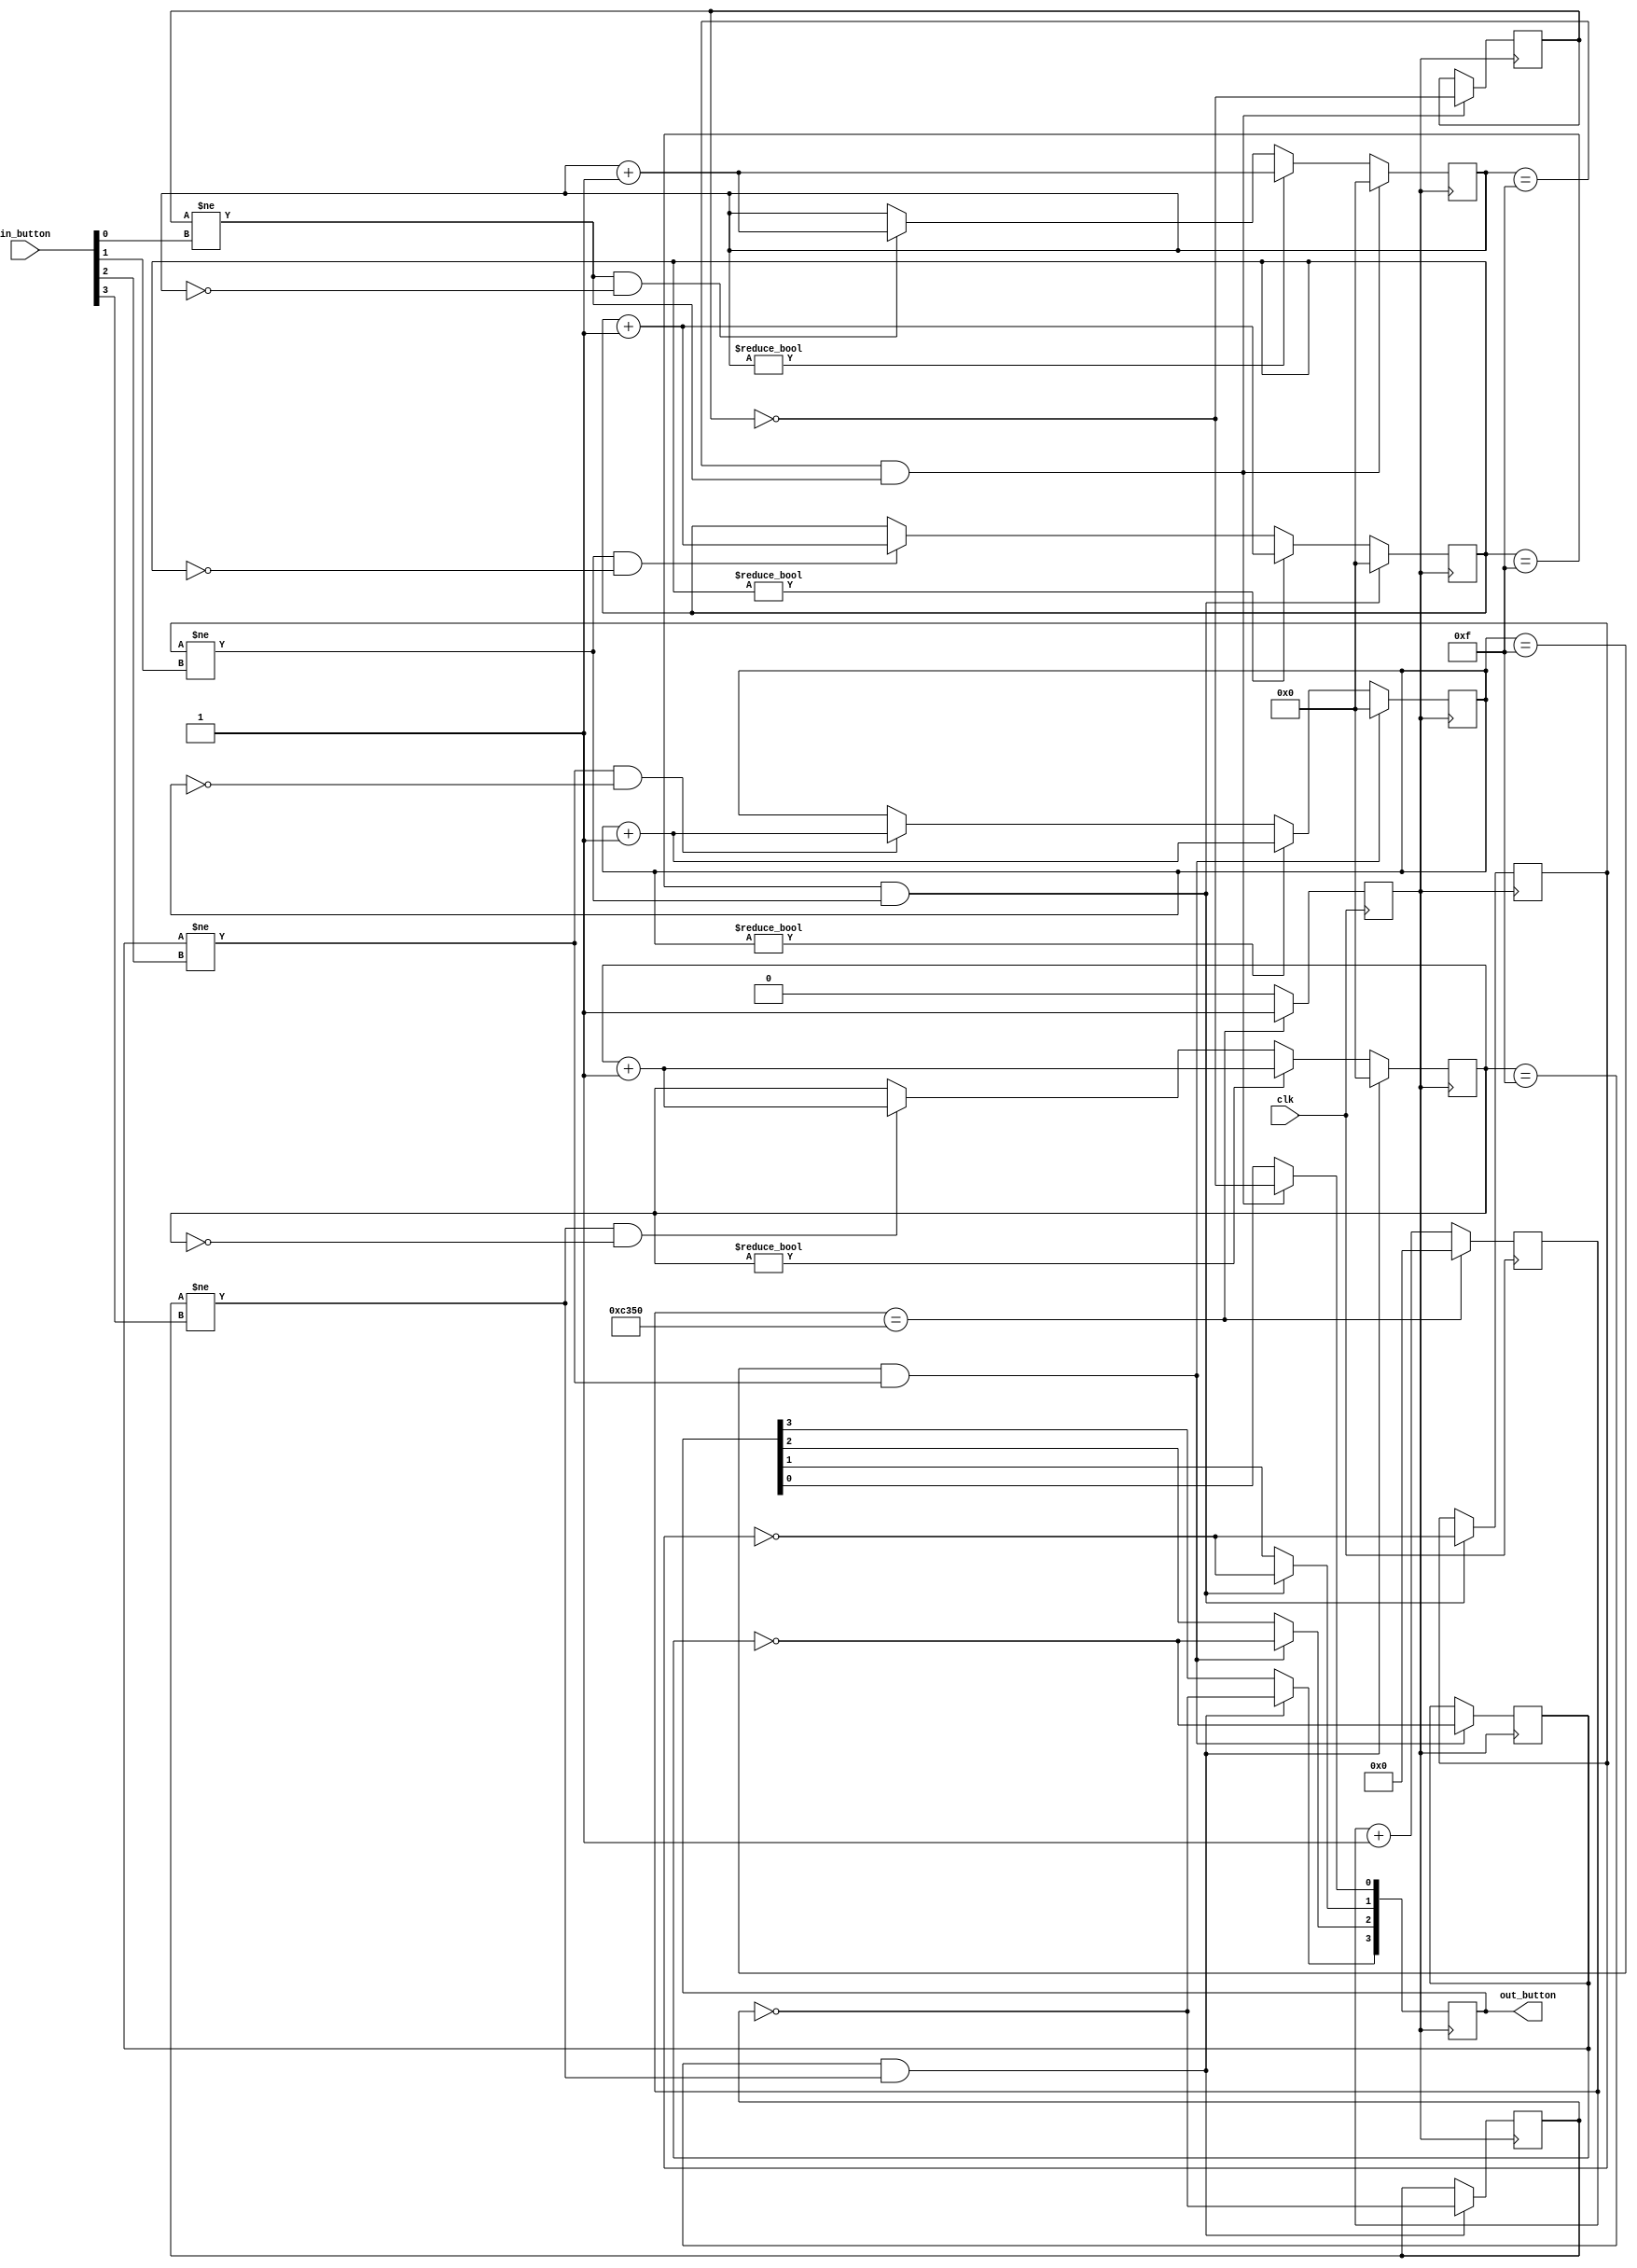
`timescale 1ns / 1ps

module debounce(
    input clk,
    input  [3:0]in_button,
    output reg [3:0]out_button = 4'h0
    );

    //16ms button bebounce counters.  1 for each button.
    reg [3:0]debouncecounter0 = 4'h0;
	 reg [3:0]debouncecounter1 = 4'h0;
	 reg [3:0]debouncecounter2 = 4'h0;
	 reg [3:0]debouncecounter3 = 4'h0;
	 
	 //keep track of whether or not the buttons are pressed or released.
	 reg buttonstate0 = 1'b0;
	 reg buttonstate1 = 1'b0;
	 reg buttonstate2 = 1'b0;
	 reg buttonstate3 = 1'b0;	

    //1 KHz clock.
    reg ce1k = 1'b0;	 
	 
	 //Clock divider counter.
	 reg [15:0]counter = 16'h0000;
	 
	 always @(posedge clk) begin
		  counter <= counter + 1;
		  ce1k <= 0;
		  if(counter == 16'd50000) begin
		      counter <= 16'b0;  
				ce1k <= 1;
		  end									  
    end
	 
	 always@(posedge ce1k) begin		  
		  
		  /************************Button 0**********************/
		  //Initiate counter.
	     if(buttonstate0 != in_button[0] && !debouncecounter0)
	         debouncecounter0 <= debouncecounter0 + 1;
				
		  //Keep counting.
		  if(debouncecounter0)
		      debouncecounter0 <= debouncecounter0 + 1;
				
		  //Button pressed confirmed.  Change state.
		  if(debouncecounter0 == 4'hf && buttonstate0 != in_button[0]) begin
		      debouncecounter0 <= 0;
				buttonstate0     <= ~buttonstate0;
				out_button[0]    <= ~buttonstate0;
		  end		  
		  
		  /************************Button 1**********************/
		  //Initiate counter.
	     if(buttonstate1 != in_button[1] && !debouncecounter1)
	         debouncecounter1 <= debouncecounter1 + 1;
				
		  //Keep counting.
		  if(debouncecounter1)
		      debouncecounter1 <= debouncecounter1 + 1;
				
		  //Button pressed confirmed.  Change state.
		  if(debouncecounter1 == 4'hf && buttonstate1 != in_button[1]) begin
		      debouncecounter1 <= 0;
				buttonstate1     <= ~buttonstate1;
				out_button[1]    <= ~buttonstate1;
		  end		  
		  
		  /************************Button 2**********************/
		  //Initiate counter.
	     if(buttonstate2 != in_button[2] && !debouncecounter2)
	         debouncecounter2 <= debouncecounter2 + 1;
				
		  //Keep counting.
		  if(debouncecounter2)
		      debouncecounter2 <= debouncecounter2 + 1;
				
		  //Button pressed confirmed.  Change state.
		  if(debouncecounter2 == 4'hf && buttonstate2 != in_button[2]) begin
		      debouncecounter2 <= 0;
				buttonstate2     <= ~buttonstate2;
				out_button[2]    <= ~buttonstate2;
		  end		  
		  
		  /************************Button 3**********************/
		  //Initiate counter.
	     if(buttonstate3 != in_button[3] && !debouncecounter3)
	         debouncecounter3 <= debouncecounter3 + 1;
				
		  //Keep counting.
		  if(debouncecounter3)
		      debouncecounter3 <= debouncecounter3 + 1;
				
		  //Button pressed confirmed.  Change state.
		  if(debouncecounter3 == 4'hf && buttonstate3 != in_button[3]) begin
		      debouncecounter3 <= 0;
				buttonstate3     <= ~buttonstate3;
				out_button[3]    <= ~buttonstate3;
		  end		      
	 
	 end

endmodule